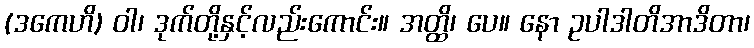
(ဒကေဟိ) ဝါ၊ ဒုက်တို့နှင့်လည်းကောင်း။ အတ္ထိ၊ ပေ။ နော ဥပါဒါတိအာဒိတာ၊